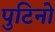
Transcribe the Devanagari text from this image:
पुटिनो